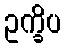
ဥက္ခိပ